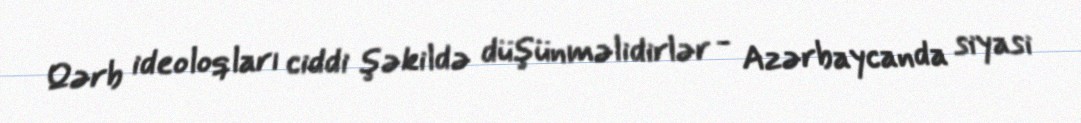
Qərb ideoloqları ciddi şəkildə düşünməlidirlər - Azərbaycanda siyasi